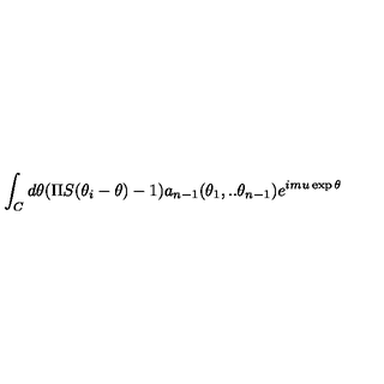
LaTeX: \int _ { C } d \theta ( \Pi S ( \theta _ { i } - \theta ) - 1 ) a _ { n - 1 } ( \theta _ { 1 } , . . \theta _ { n - 1 } ) e ^ { i m u \exp \theta }